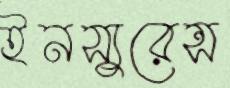
ইনস্যুরেন্স